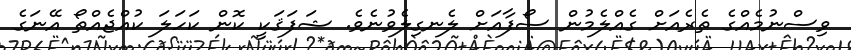
ވިސްނުމެއްގެ ތެރެއަށް ގެއްލެމުން ސޯފާއަށް ލެނގިލެވުނެވެ. ޝަފަޤަކީ ކޮން ކަހަލަ ކުއްޖެއްތޯ އޭނަގެ